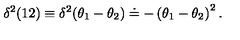
\delta ^ { 2 } ( 1 2 ) \equiv \delta ^ { 2 } ( \theta _ { 1 } - \theta _ { 2 } ) \doteq - \left( \theta _ { 1 } - \theta _ { 2 } \right) ^ { 2 } .